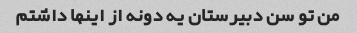
من تو سن دبیرستان یه دونه از اینها داشتم